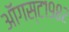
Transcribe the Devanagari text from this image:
ऑगस्ट१९८२